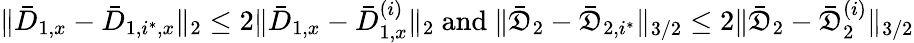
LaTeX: \| \bar{D}_{1,x}-\bar{D}_{1,i^{*},x}\| _{2}\leq 2\| \bar{D}_{1,x}-\bar{D}_{1,x}^{(i)}\| _{2}\mathrm{~and~}\| \bar{\mathfrak{D}}_{2}-\bar{\mathfrak{D}}_{2,i^{*}}\| _{3/2}\leq 2\| \bar{\mathfrak{D}}_{2}-\bar{\mathfrak{D}}_{2}^{(i)}\| _{3/2}